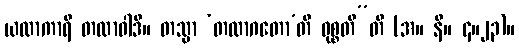
ယထာကာရီ တထာဝါဒီ။ တသ္မာ ‘တထာဂတော’တိ ဝုစ္စတီ”တိ (အ။ နိ။ ၄။၂၃)။